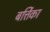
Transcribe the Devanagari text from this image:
बर्त्तिका